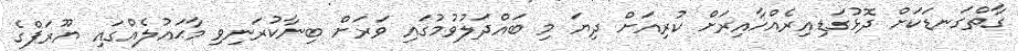
ގާތްގަނޑަކަށް ދޮޅުގަޑިއިރެއްހާއިރަށް ކުރިއަށް ދިޔަ މި ބައްދަލުވުމުގައި ވަރަށް ބިނާކުރަނިވި މާޙައުލެއްގައި ޔޫރަޕްގެ